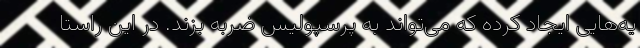
یه‌هایی ایجاد کرده که می‌تواند به پرسپولیس ضربه بزند. در این راستا